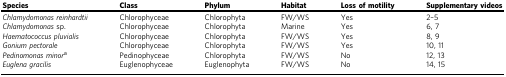
<table><thead><tr><td><b>Species</b></td><td><b>Class</b></td><td><b>Phylum</b></td><td><b>Habitat</b></td><td><b>Loss of motility</b></td><td><b>Supplementary videos</b></td></tr></thead><tbody><tr><td><i>Chlamydomonas reinhardtii</i></td><td>Chlorophyceae</td><td>Chlorophyta</td><td>FW/WS</td><td>Yes</td><td>2–5</td></tr><tr><td><i>Chlamydomonas</i> sp.</td><td>Chlorophyceae</td><td>Chlorophyta</td><td>Marine</td><td>Yes</td><td>6, 7</td></tr><tr><td><i>Haematococcus pluvialis</i></td><td>Chlorophyceae</td><td>Chlorophyta</td><td>FW/WS</td><td>Yes</td><td>8, 9</td></tr><tr><td><i>Gonium pectorale</i></td><td>Chlorophyceae</td><td>Chlorophyta</td><td>FW/WS</td><td>Yes</td><td>10, 11</td></tr><tr><td><i>Pedinomonas minor</i><sup>a</sup></td><td>Pedinophyceae</td><td>Chlorophyta</td><td>FW/WS</td><td>No</td><td>12, 13</td></tr><tr><td><i>Euglena gracilis</i></td><td>Euglenophyceae</td><td>Euglenophyta</td><td>FW/WS</td><td>No</td><td>14, 15</td></tr></tbody></table>